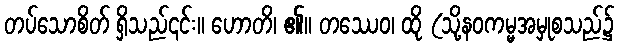
တပ်သောစိတ် ရှိသည်၎င်း။ ဟောတိ၊ ၏။ တဿေဝ၊ ထို (သို့နဝကမ္မအမှုစသည်၌